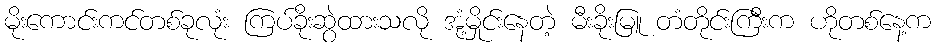
မိုးကောင်းကင်တစ်ခုလုံး ကြပ်ခိုးဆွဲထားသလို အုံ့မှိုင်းနေတဲ့ မီးခိုးမြူ တံတိုင်းကြီးက ဟိုတစ်နေ့က